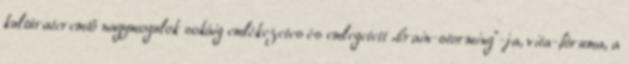
kultúrateremtő nagymogulok sokáig emlékezetes és emlegetett „brain-storming”-ja, vita-fóruma, a